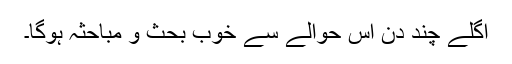
اگلے چند دن اس حوالے سے خوب بحث و مباحثہ ہوگا۔